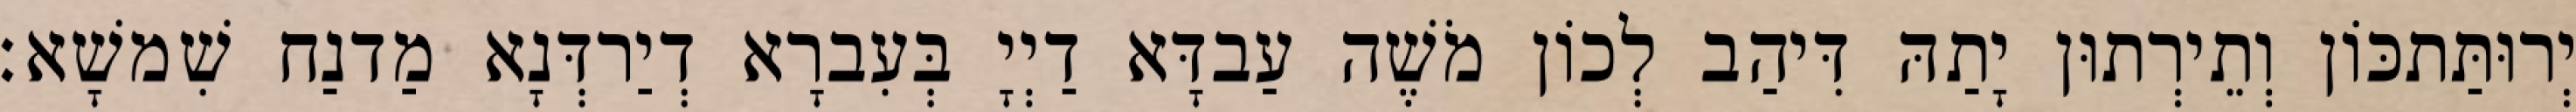
יְרוּתַּתכּוֹן וְתֵירְתוּן יָתַהּ דִּיהַב לְכוֹן מֹשֶׁה עַבדָּא דַיְיָ בְּעִברָא דְיַרדְּנָא מַדנַח שִׁמשָׁא׃